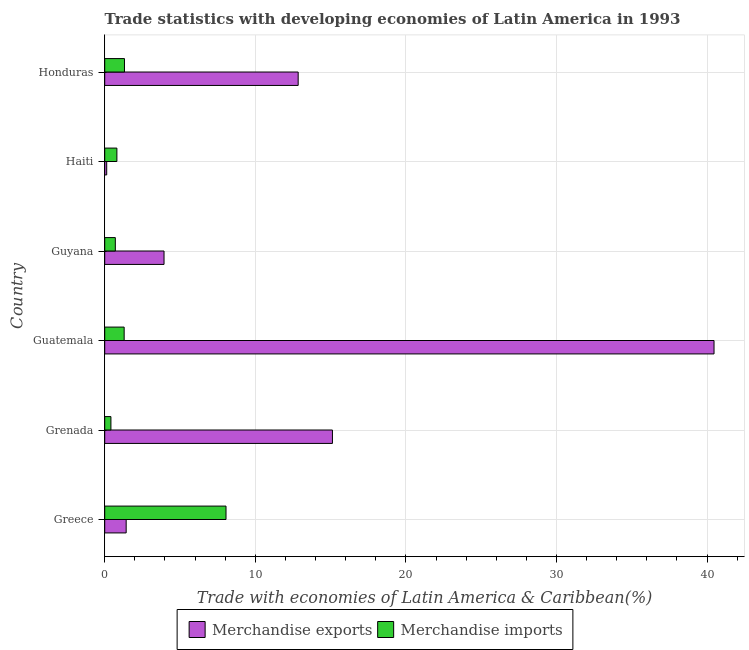
| Country | Merchandise exports | Merchandise imports |
 | --- | --- | --- |
 | Greece | 1.42 | 8.05 |
 | Grenada | 15.1 | 0.412 |
 | Guatemala | 40.5 | 1.29 |
 | Guyana | 3.94 | 0.704 |
 | Haiti | 0.132 | 0.808 |
 | Honduras | 12.8 | 1.31 |